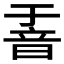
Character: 𮧶